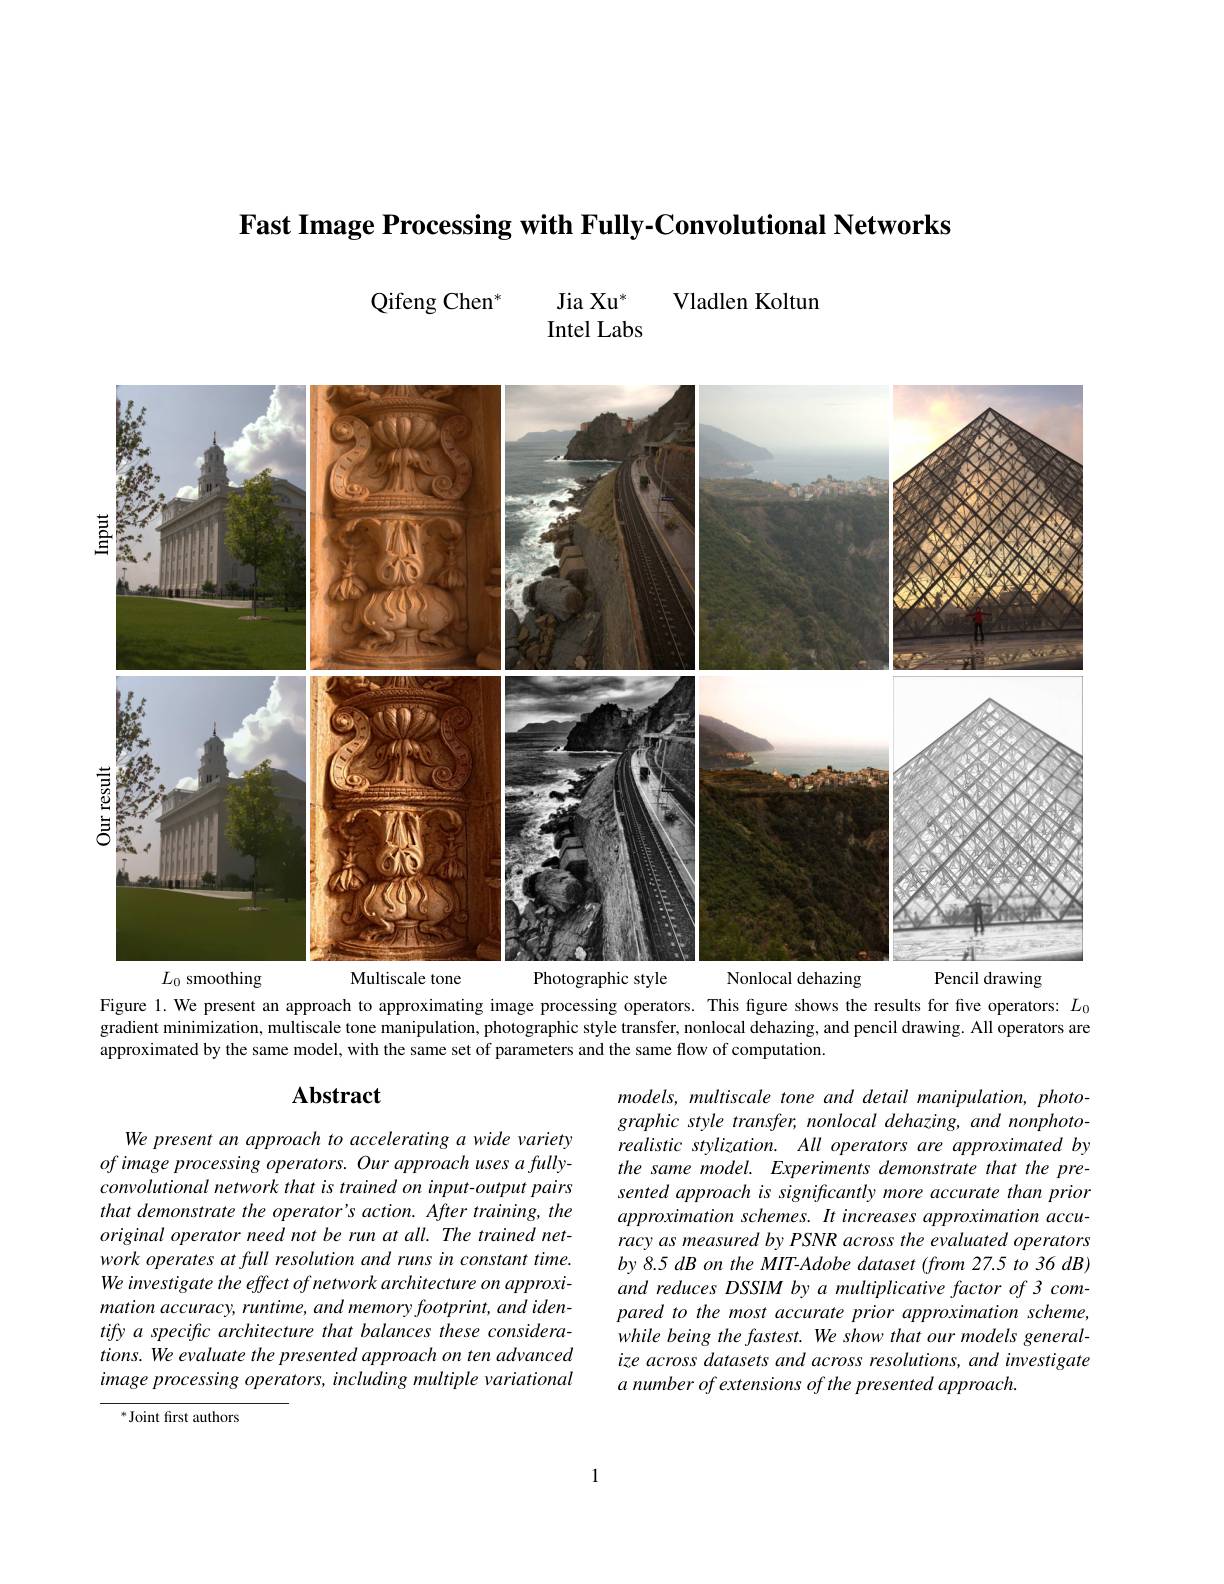
Fast Image Processing with Fully-Convolutional Networks

$\begin{array}{ccc}{\mathrm{Qifeng~Chen}^{*}}&&{\mathrm{Jia~Xu}^{*}}&{\mathrm{Vladlen~Koltun}}\\{\mathrm{Intel~Labs}}&\end{array}$

<FigureHere>

Figure 1. We present an approach to approximating image processing operators. This figure shows the results for five operators: $L_{0}$ gradient minimization, multiscale tone manipulation, photographic style transfer, nonlocal dehazing, and pencil drawing. All operators are approximated by the same model, with the same set of parameters and the same flow of computation.

# Abstract

models, multiscale tone and detail manipulation, photographic style transfer, nonlocal dehazing, and nonphotorealistic stylization. All operators are approximated by the same model. Experiments demonstrate that the presented approach is significantly more accurate than prior approximation schemes. It increases approximation accuracy as measured by PSNR across the evaluated operators by 8.5 dB on the MIT-Adobe dataset (from 27.5 to 36 dB) and reduces DSSIM by a multiplicative factor of 3 compared to the most accurate prior approximation scheme, while being the fastest. We show that our models generalize across datasets and across resolutions, and investigate $a$ number of extensions of the presented approach.

We present an approach to accelerating a wide variety of image processing operators. Our approach uses a fullyconvolutional network that is trained on input-output pairs that demonstrate the operator's action. After training, the original operator need not be run at all. The trained network operates at full resolution and runs in constant time. We investigate the effect of network architecture on approximation accuracy, runtime, and memory footprint, and identify a specific architecture that balances these considerations. We evaluate the presented approach on ten advanced image processing operators, including multiple variational

$^{*}$Joint first authors